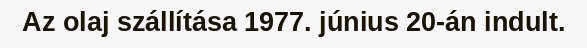
Az olaj szállítása 1977. június 20-án indult.